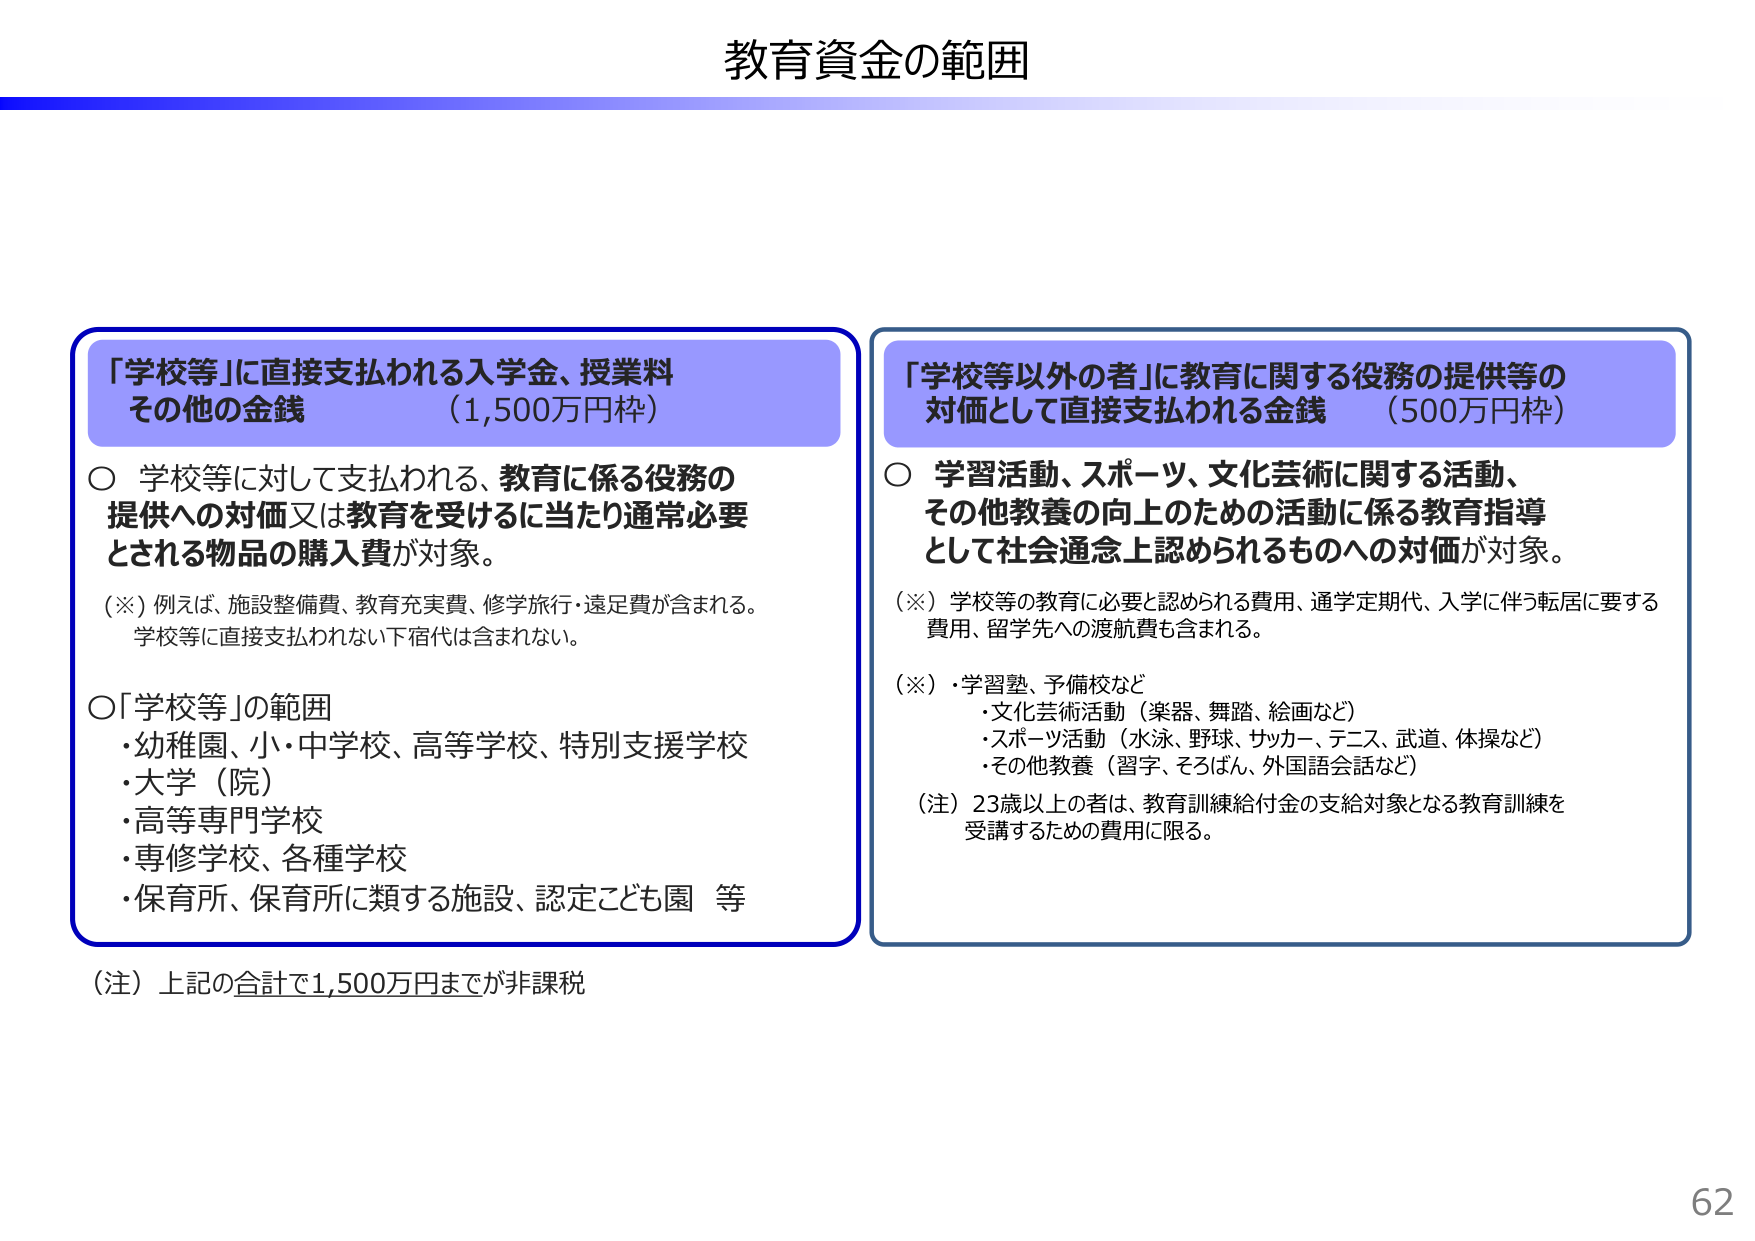
教育資金の範囲

「学校等」に直接支払われる入学金、授業料
その他の金銭 （1,500万円枠）

○ 学校等に対して支払われる、教育に係る役務の
提供への対価又は教育を受けるに当たり通常必要
とされる物品の購入費が対象。

（※）例えば、施設整備費、教育充実費、修学旅行・遠足費が含まれる。
学校等に直接支払われない下宿代は含まれない。

○「学校等」の範囲
・幼稚園、小・中学校、高等学校、特別支援学校
・大学（院）
・高等専門学校
・専修学校、各種学校
・保育所、保育所に類する施設、認定こども園 等

（注）上記の合計で1,500万円までが非課税

「学校等以外の者」に教育に関する役務の提供等の
対価として直接支払われる金銭 （500万円枠）

○ 学習活動、スポーツ、文化芸術に関する活動、
その他教養の向上のための活動に係る教育指導
として社会通念上認められるものへの対価が対象。

（※）学校等の教育に必要と認められる費用、通学定期代、入学に伴う転居に要する
費用、留学先への渡航費も含まれる。

（※）・学習塾、予備校など
・文化芸術活動（楽器、舞踏、絵画など）
・スポーツ活動（水泳、野球、サッカー、テニス、武道、体操など）
・その他教養（習字、そろばん、外国語会話など）

（注）23歳以上の者は、教育訓練給付金の支給対象となる教育訓練を
受講するための費用に限る。

62